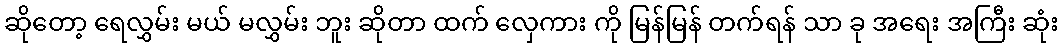
ဆိုတော့ ရေလွှမ်း မယ် မလွှမ်း ဘူး ဆိုတာ ထက် လှေကား ကို မြန်မြန် တက်ရန် သာ ခု အရေး အကြီး ဆုံး